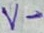
Text: V-